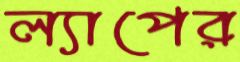
ল্যাপের